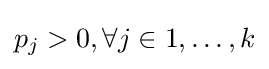
p_{j}>0,\forall j\in 1,\dots ,k